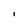
Character: I